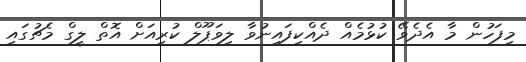
މިފަހުން މާ އެދެވޭ ކުޅުމެއް ދެއްކިފައިނުވާ ލިވަޕޫލް ކުރިއަށް އޮތް ލީގް މެޗުގައި